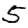
Digit: 5